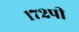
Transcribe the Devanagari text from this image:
१७२पी